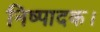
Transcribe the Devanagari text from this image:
निष्पादक।